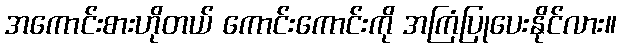
အကောင်းစားဟိုတယ် ကောင်းကောင်းကို အကြံပြုပေးနိုင်လား။